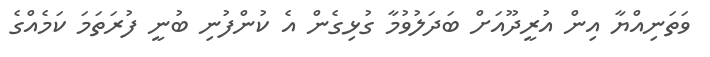
ވަތަނިއްޔާ އިން އުރީދޫއަށް ބަދަލުވުމާ ގުޅިގެން އެ ކުންފުނި ބުނީ ފުރަތަމަ ކަމެއްގެ